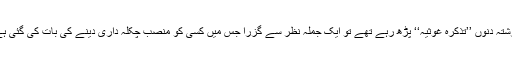
گزشتہ دنوں ’’تذکرہ غوثیہ‘‘ پڑھ رہے تھے تو ایک جملہ نظر سے گزرا جس میں کسی کو منصب چکلہ داری دینے کی بات کی گئی ہے۔